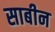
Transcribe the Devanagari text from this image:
साबीन